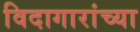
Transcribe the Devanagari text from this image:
विदागारांच्या